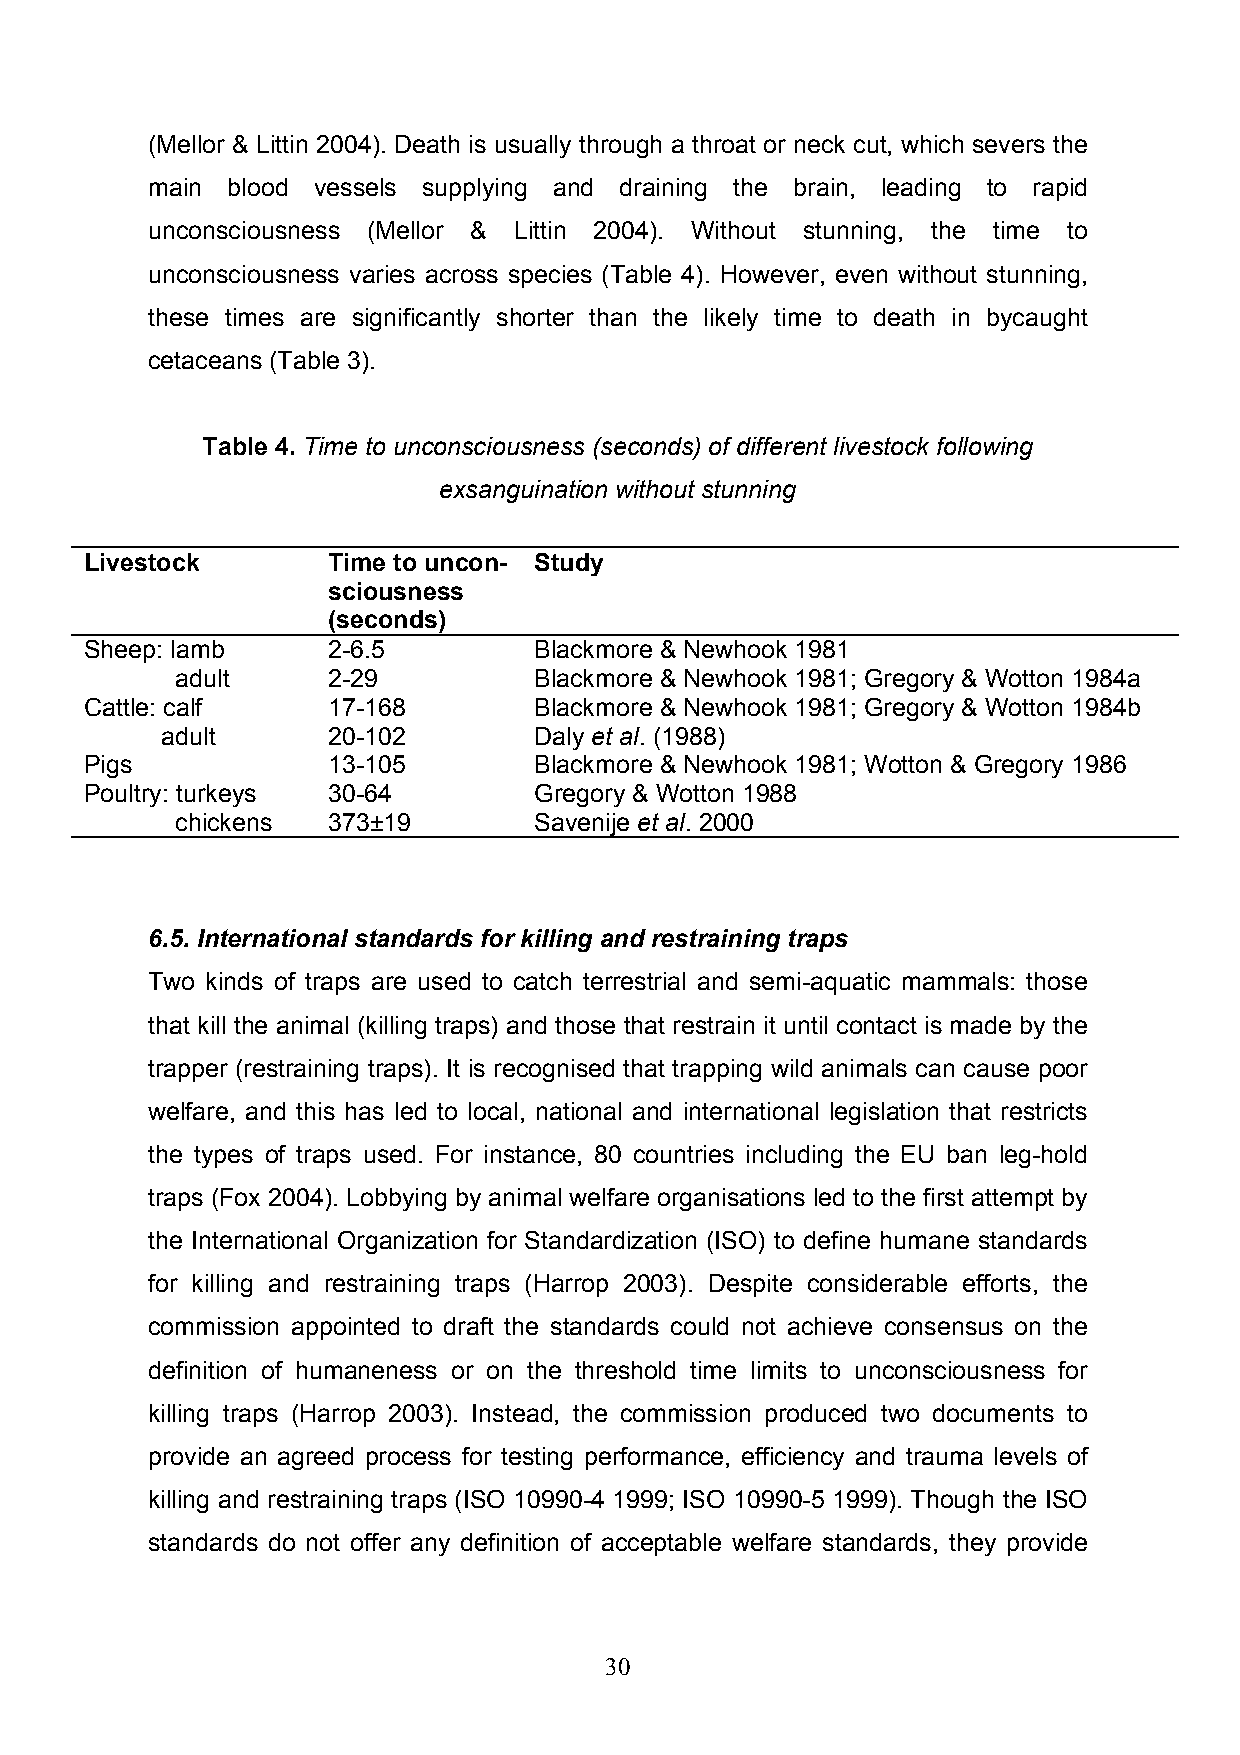
(Mellor & Littin 2004). Death is usually through a throat or neck cut, which severs the
 main blood vessels supplying and draining the brain, leading to rapid
 unconsciousness (Mellor & Littin 2004). Without stunning, the time to
 unconsciousness varies across species (Table 4). However, even without stunning,
 these times are significantly shorter than the likely time to death in bycaught
 cetaceans (Table 3).
 Table 4. Time to unconsciousness (seconds) of different livestock following
 exsanguination without stunning
 Livestock       Time to uncon- Study
 sciousness
 (seconds)
 Sheep: lamb     2-6.5        Blackmore & Newhook 1981
 adult     2-29         Blackmore & Newhook 1981; Gregory & Wotton 1984a
 Cattle: calf    17-168       Blackmore & Newhook 1981; Gregory & Wotton 1984b
 adult      20-102       Daly et al. (1988)
 Pigs            13-105       Blackmore & Newhook 1981; Wotton & Gregory 1986
 Poultry: turkeys 30-64       Gregory & Wotton 1988
 chickens  373±19       Savenije et al. 2000
 6.5. International standards for killing and restraining traps
 Two kinds of traps are used to catch terrestrial and semi-aquatic mammals: those
 that kill the animal (killing traps) and those that restrain it until contact is made by the
 trapper (restraining traps). It is recognised that trapping wild animals can cause poor
 welfare, and this has led to local, national and international legislation that restricts
 the types of traps used. For instance, 80 countries including the EU ban leg-hold
 traps (Fox 2004). Lobbying by animal welfare organisations led to the first attempt by
 the International Organization for Standardization (ISO) to define humane standards
 for killing and restraining traps (Harrop 2003). Despite considerable efforts, the
 commission appointed to draft the standards could not achieve consensus on the
 definition of humaneness or on the threshold time limits to unconsciousness for
 killing traps (Harrop 2003). Instead, the commission produced two documents to
 provide an agreed process for testing performance, efficiency and trauma levels of
 killing and restraining traps (ISO 10990-4 1999; ISO 10990-5 1999). Though the ISO
 standards do not offer any definition of acceptable welfare standards, they provide
 30